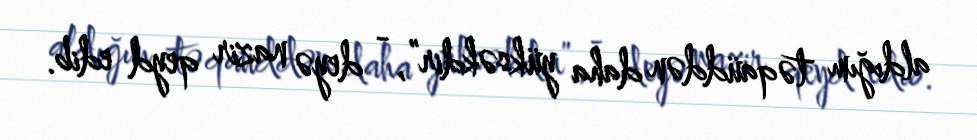
aldığım təqaüddən daha yüksəkdir”, - deyə nazir qeyd edib.